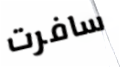
سافرت